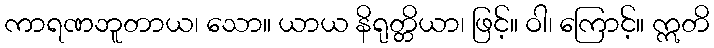
ကာရဏဘူတာယ၊ သော။ ယာယ နိရုတ္တိယာ၊ ဖြင့်။ ဝါ၊ ကြောင့်။ ဣတိ